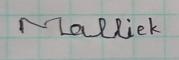
Signature authenticity: forged